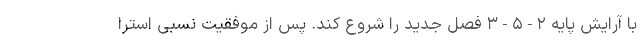
با آرایش پایه ۲-۵-۳ فصل جدید را شروع کند. پس از موفقیت نسبی استرا